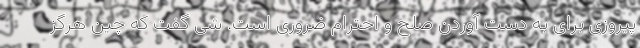
پیروزی برای به دست آوردن صلح و احترام ضروری است. شی گفت که چین هرگز